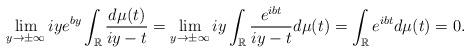
LaTeX: \begin{align*}\lim_{y\rightarrow\pm\infty}iye^{by}\int_{\mathbb{R}}\frac{d\mu(t)}{iy-t}=\lim_{y\rightarrow\pm\infty}iy\int_\mathbb{R}\frac{e^{ibt}}{iy-t}d\mu(t)=\int_\mathbb{R}e^{ibt}d\mu(t)=0.\end{align*}